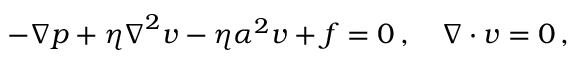
- \boldsymbol { \nabla } p + \eta \boldsymbol { \nabla } ^ { 2 } \boldsymbol { v } - \eta \alpha ^ { 2 } \boldsymbol { v } + \boldsymbol { f } = \boldsymbol { 0 } \, , \quad \boldsymbol { \nabla } \cdot \boldsymbol { v } = 0 \, ,